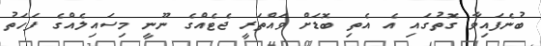
ބުނެފައިވާ ގޮތުގައި އެ އެތި ބޮޑަށް ވައްތަރީ ޖެޓެއްގެ ނޫނީ މިސައިލެއްގެ ފަހަތު